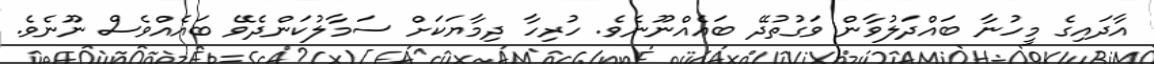
އާދައިގެ މީހުނާ ބައްދަލުވާން ވަގުތުދޭ ބައެއްނޫނެވެ. ހުރިހާ ދިމާޔަކަށް ސަމާލުކަންދެވޭ ބައެއްވެސް ނޫނެވެ.